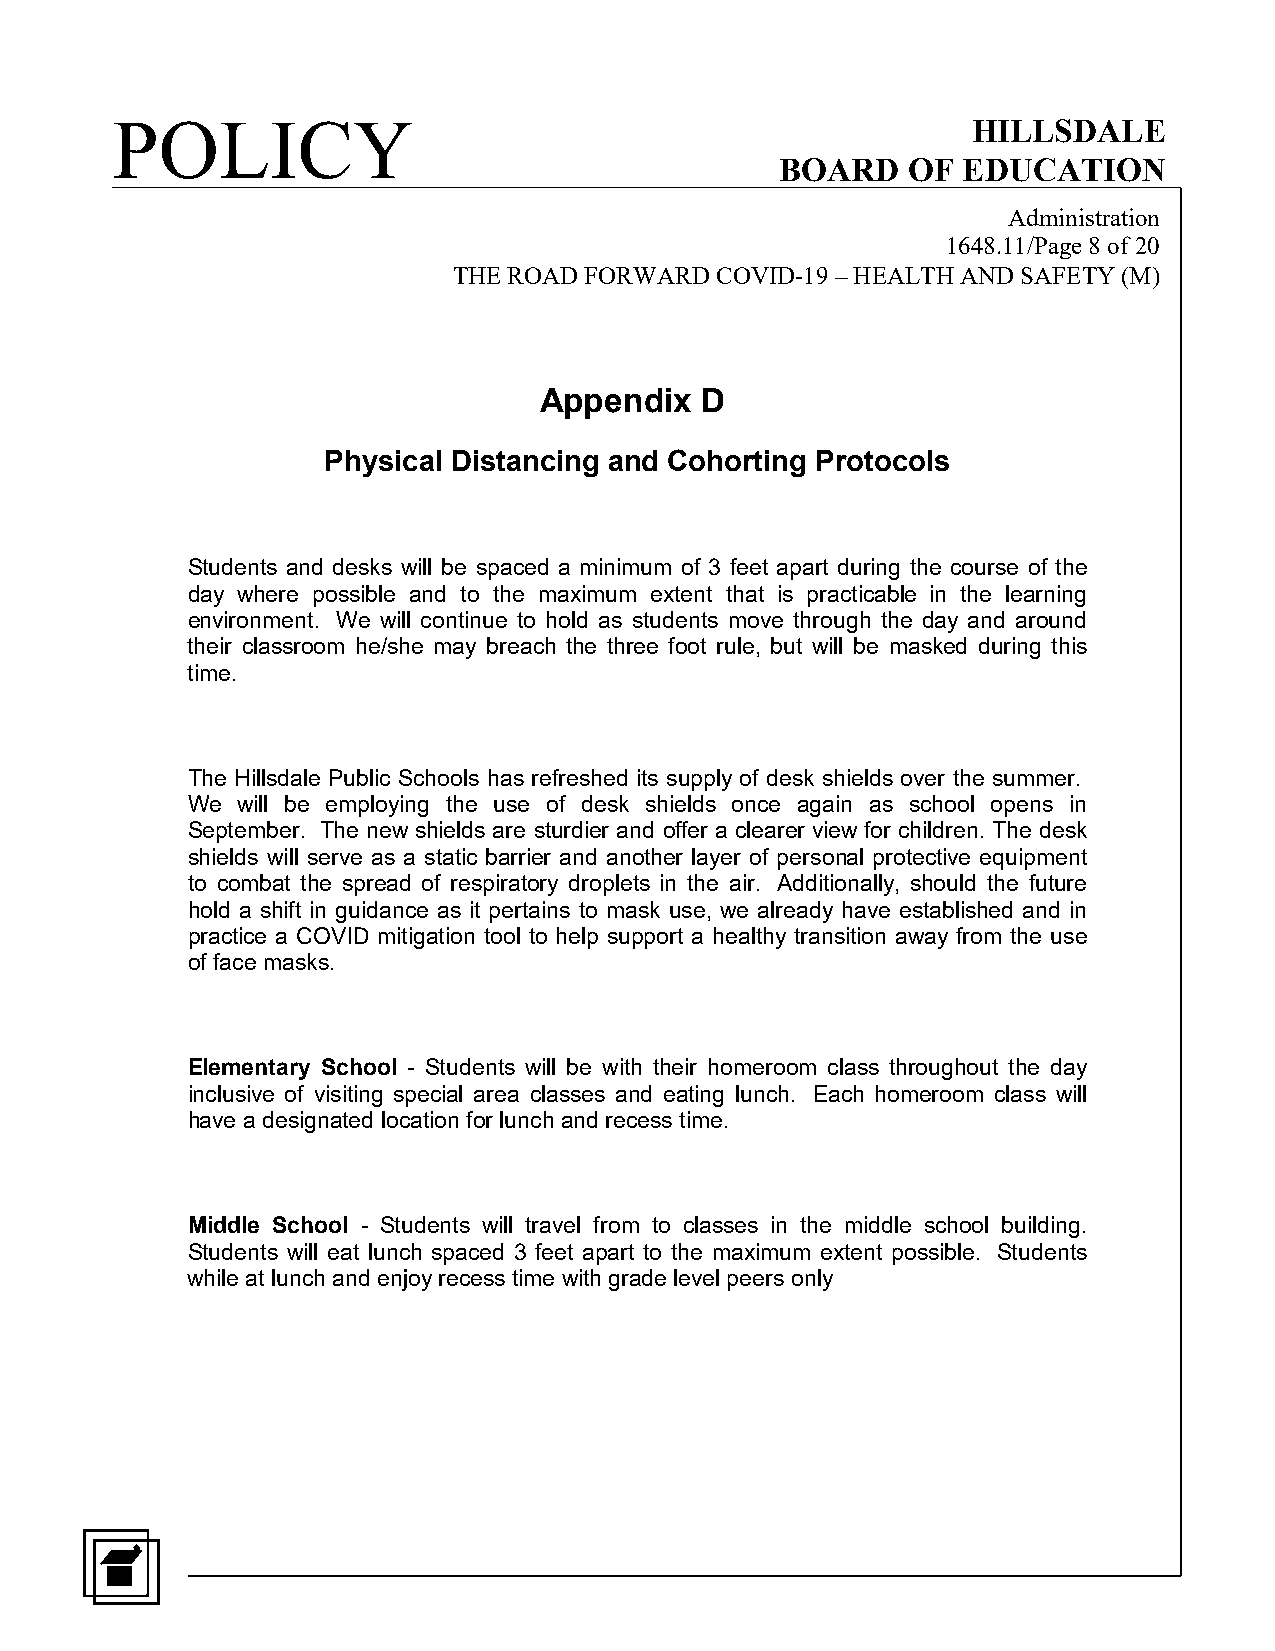
POLICY                                                   HILLSDALE
 BOARD   OF  EDUCATION
 Administration
 1648.11/Page 8 of 20
 THE ROAD FORWARD COVID-19 – HEALTH AND SAFETY (M)
 Appendix  D
 Physical Distancing and Cohorting Protocols
 Students and desks will be spaced a minimum of 3 feet apart during the course of the
 day where possible and to the maximum extent that is practicable in the learning
 environment. We will continue to hold as students move through the day and around
 their classroom he/she may breach the three foot rule, but will be masked during this
 time.
 The Hillsdale Public Schools has refreshed its supply of desk shields over the summer.
 We  will be employing the use of desk shields once again as school opens in
 September. The new shields are sturdier and offer a clearer view for children. The desk
 shields will serve as a static barrier and another layer of personal protective equipment
 to combat the spread of respiratory droplets in the air. Additionally, should the future
 hold a shift in guidance as it pertains to mask use, we already have established and in
 practice a COVID mitigation tool to help support a healthy transition away from the use
 of face masks.
 Elementary School - Students will be with their homeroom class throughout the day
 inclusive of visiting special area classes and eating lunch. Each homeroom class will
 have a designated location for lunch and recess time.
 Middle School - Students will travel from to classes in the middle school building.
 Students will eat lunch spaced 3 feet apart to the maximum extent possible. Students
 while at lunch and enjoy recess time with grade level peers only